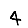
Digit: 4